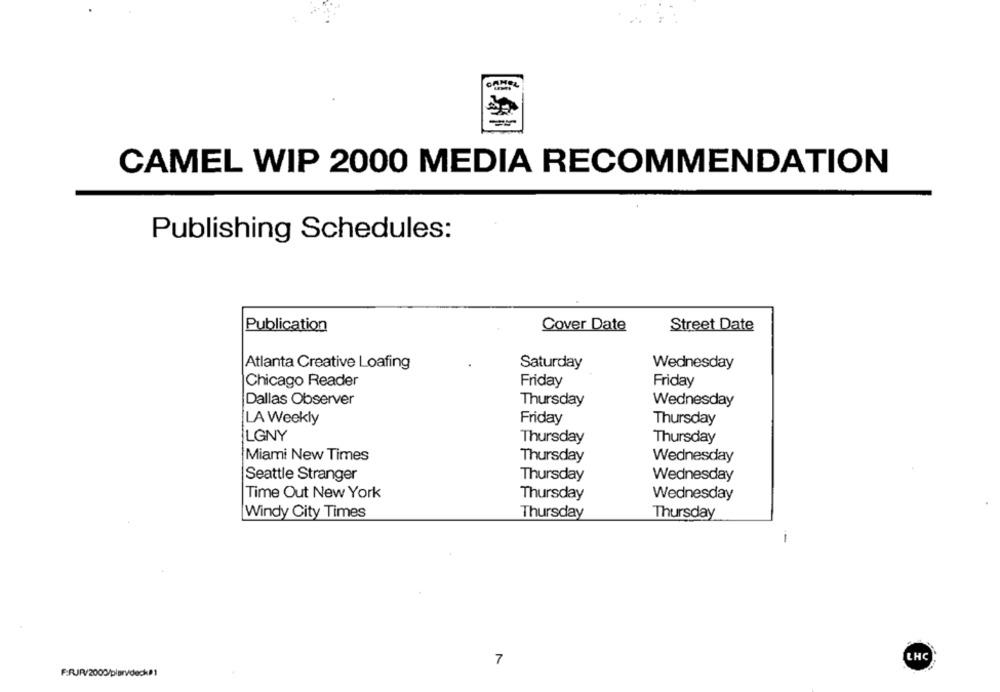
CAMEL WIP 2000 MEDIA RECOMMENDATION
Publishing Schedules:
Publication
Cover Date
Street Date
Atlanta Creative Loafing
Saturday
Wednesday
Chicago Reader
Friday
Friday
Dallas Observer
Thursday
Wednesday
LA Weekly
Friday
Thursday
LGNY
Thursday
Thursday
Miami New Times
Thursday
Wednesday
Seattle Stranger
Thursday
Wednesday
Time Out New York
Thursday
Wednesday
Windy City Times
Thursday
Thursday
LHC
7